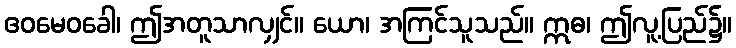
ဧဝမေဝခေါ၊ ဤအတူသာလျှင်။ ယော၊ အကြင်သူသည်။ ဣဓ၊ ဤလူ့ပြည်၌။